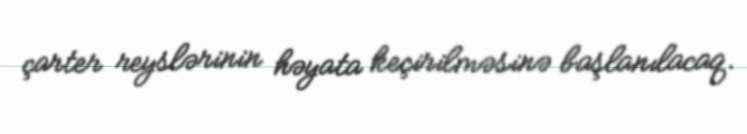
çarter reyslərinin həyata keçirilməsinə başlanılacaq.